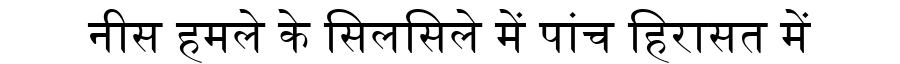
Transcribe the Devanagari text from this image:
नीस हमले के सिलसिले में पांच हिरासत में